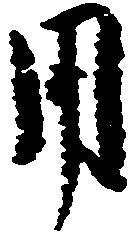
用